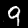
Digit: 9